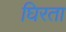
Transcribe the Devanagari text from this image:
घिरता